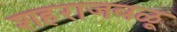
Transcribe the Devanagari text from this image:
शहराजवळू